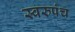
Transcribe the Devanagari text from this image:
स्वरुपंच